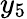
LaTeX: y_{5}